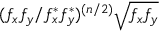
( f _ { x } f _ { y } / f _ { x } ^ { * } f _ { y } ^ { * } ) ^ { ( n / 2 ) } \sqrt { f _ { x } f _ { y } }